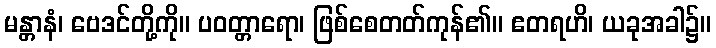
မန္တာနံ၊ ဗေဒင်တို့ကို။ ပဝတ္တာရော၊ ဖြစ်စေတတ်ကုန်၏။ ဧတရဟိ၊ ယခုအခါ၌။